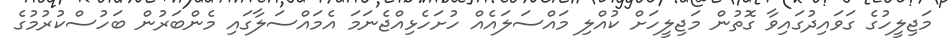
މަޖިލީހުގެ ގަވައިދުގައިވާ ގޮތުން މަޖިލީހަށް ކުއްލި މައްސަލައެއް ހުށަހެޅިއްޖެނަމަ އެމައްސަލާގައި މެންބަރުން ބަހުސްކުރުމުގެ